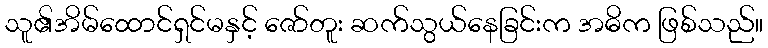
သူ၏အိမ်ထောင်ရှင်မနှင့် ဇော်တူး ဆက်သွယ်နေခြင်းက အဓိက ဖြစ်သည်။